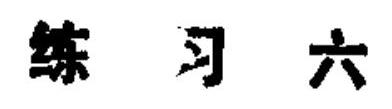
练习六